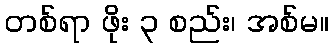
တစ်ရာ ဖိုး ၃ စည်း၊ အစ်မ။